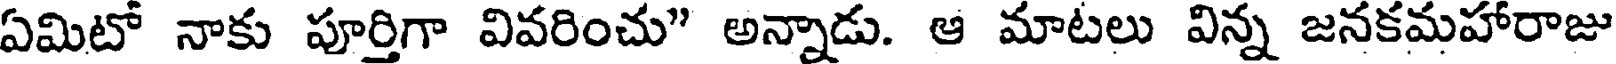
ఏమిటో నాకు పూర్తిగా వివరించు" అన్నాడు. ఆ మాటలు విన్న జనకమహారాజు